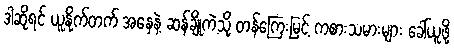
ဒါဆိုရင် ယူနိုက်တက် အနေနဲ့ ဆန်ချိုကဲ့သို့ တန်ကြေးမြင့် ကစားသမားများ ခေါ်ယူဖို့